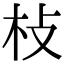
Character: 𣏽